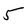
Character: 5